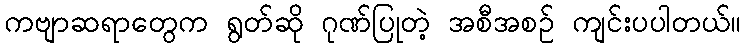
ကဗျာဆရာတွေက ရွတ်ဆို ဂုဏ်ပြုတဲ့ အစီအစဉ် ကျင်းပပါတယ်။